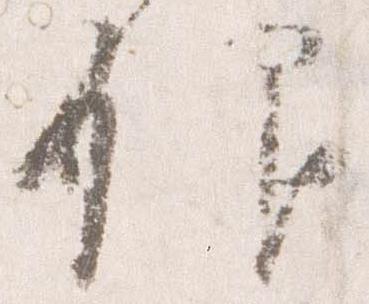
仰